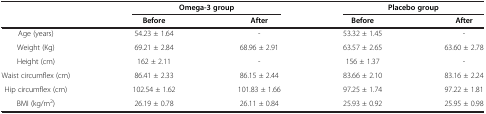
<table><thead><tr><td><b> </b></td><td colspan="2"><b>Omega-3 group</b></td><td colspan="2"><b>Placebo group</b></td></tr><tr><td><b> </b></td><td><b>Before</b></td><td><b>After</b></td><td><b>Before</b></td><td><b>After</b></td></tr></thead><tbody><tr><td>Age (years)</td><td>54.23 ± 1.64</td><td>-</td><td>53.32 ± 1.45</td><td>-</td></tr><tr><td>Weight (Kg)</td><td>69.21 ± 2.84</td><td>68.96 ± 2.91</td><td>63.57 ± 2.65</td><td>63.60 ± 2.78</td></tr><tr><td>Height (cm)</td><td>162 ± 2.11</td><td>-</td><td>156 ± 1.37</td><td>-</td></tr><tr><td>Waist circumflex (cm)</td><td>86.41 ± 2.33</td><td>86.15 ± 2.44</td><td>83.66 ± 2.10</td><td>83.16 ± 2.24</td></tr><tr><td>Hip circumflex (cm)</td><td>102.54 ± 1.62</td><td>101.83 ± 1.66</td><td>97.25 ± 1.74</td><td>97.22 ± 1.81</td></tr><tr><td>BMI (kg/m<sup>2</sup>)</td><td>26.19 ± 0.78</td><td>26.11 ± 0.84</td><td>25.93 ± 0.92</td><td>25.95 ± 0.98</td></tr></tbody></table>